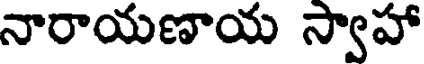
నారాయణాయ స్వాహా